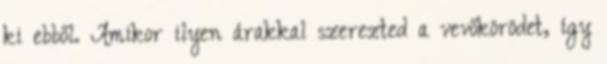
ki ebből. Amikor ilyen árakkal szerezted a vevőkörödet, így